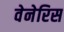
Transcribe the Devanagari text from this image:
वेनेरिस